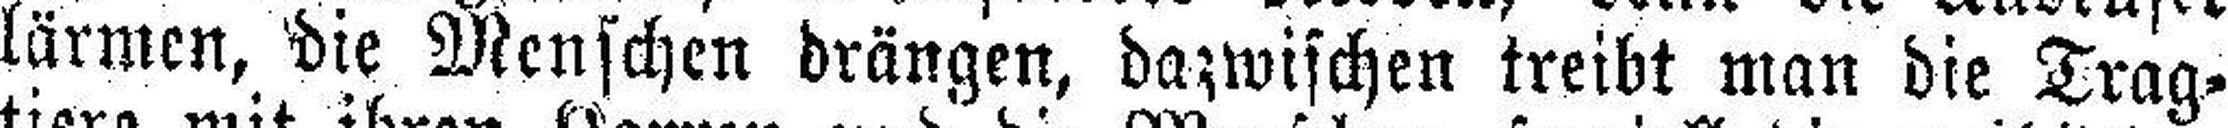
lärmen, die Menschen drängen, dazwischen treibt man die Trag¬